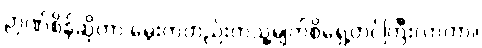
ဉာဏ်စိန်ဆိုတာ မွေးကတည်းကသူ့မျက်စိရှေ့တင်ကြီးလာတာ။